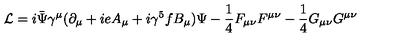
{ \cal L } = i \bar { \Psi } \gamma ^ { \mu } ( \partial _ { \mu } + i e A _ { \mu } + i \gamma ^ { 5 } f B _ { \mu } ) \Psi - { \frac { 1 } { 4 } } F _ { \mu \nu } F ^ { \mu \nu } - { \frac { 1 } { 4 } } G _ { \mu \nu } G ^ { \mu \nu }